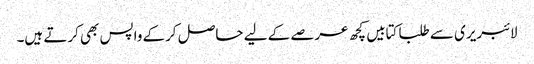
لائبریری سے طلبا کتابیں کچھ عرصے کے لیے حاصل کرکے واپس بھی کرتے ہیں۔